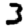
Digit: 3